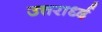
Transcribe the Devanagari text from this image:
उत्तरार्ध्द